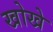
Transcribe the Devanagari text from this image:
खोखे